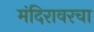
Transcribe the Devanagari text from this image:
मंदिरावरचा